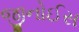
જીનોઈસ